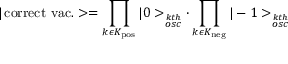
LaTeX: | \, \mathrm { c o r r e c t \ v a c . } > = \prod _ { k \epsilon K _ { \mathrm { p o s } } } | 0 > _ { \stackrel { k t h } { o s c } } \cdot \prod _ { k \epsilon K _ { \mathrm { n e g } } } | - 1 > _ { \stackrel { k t h } { o s c } }